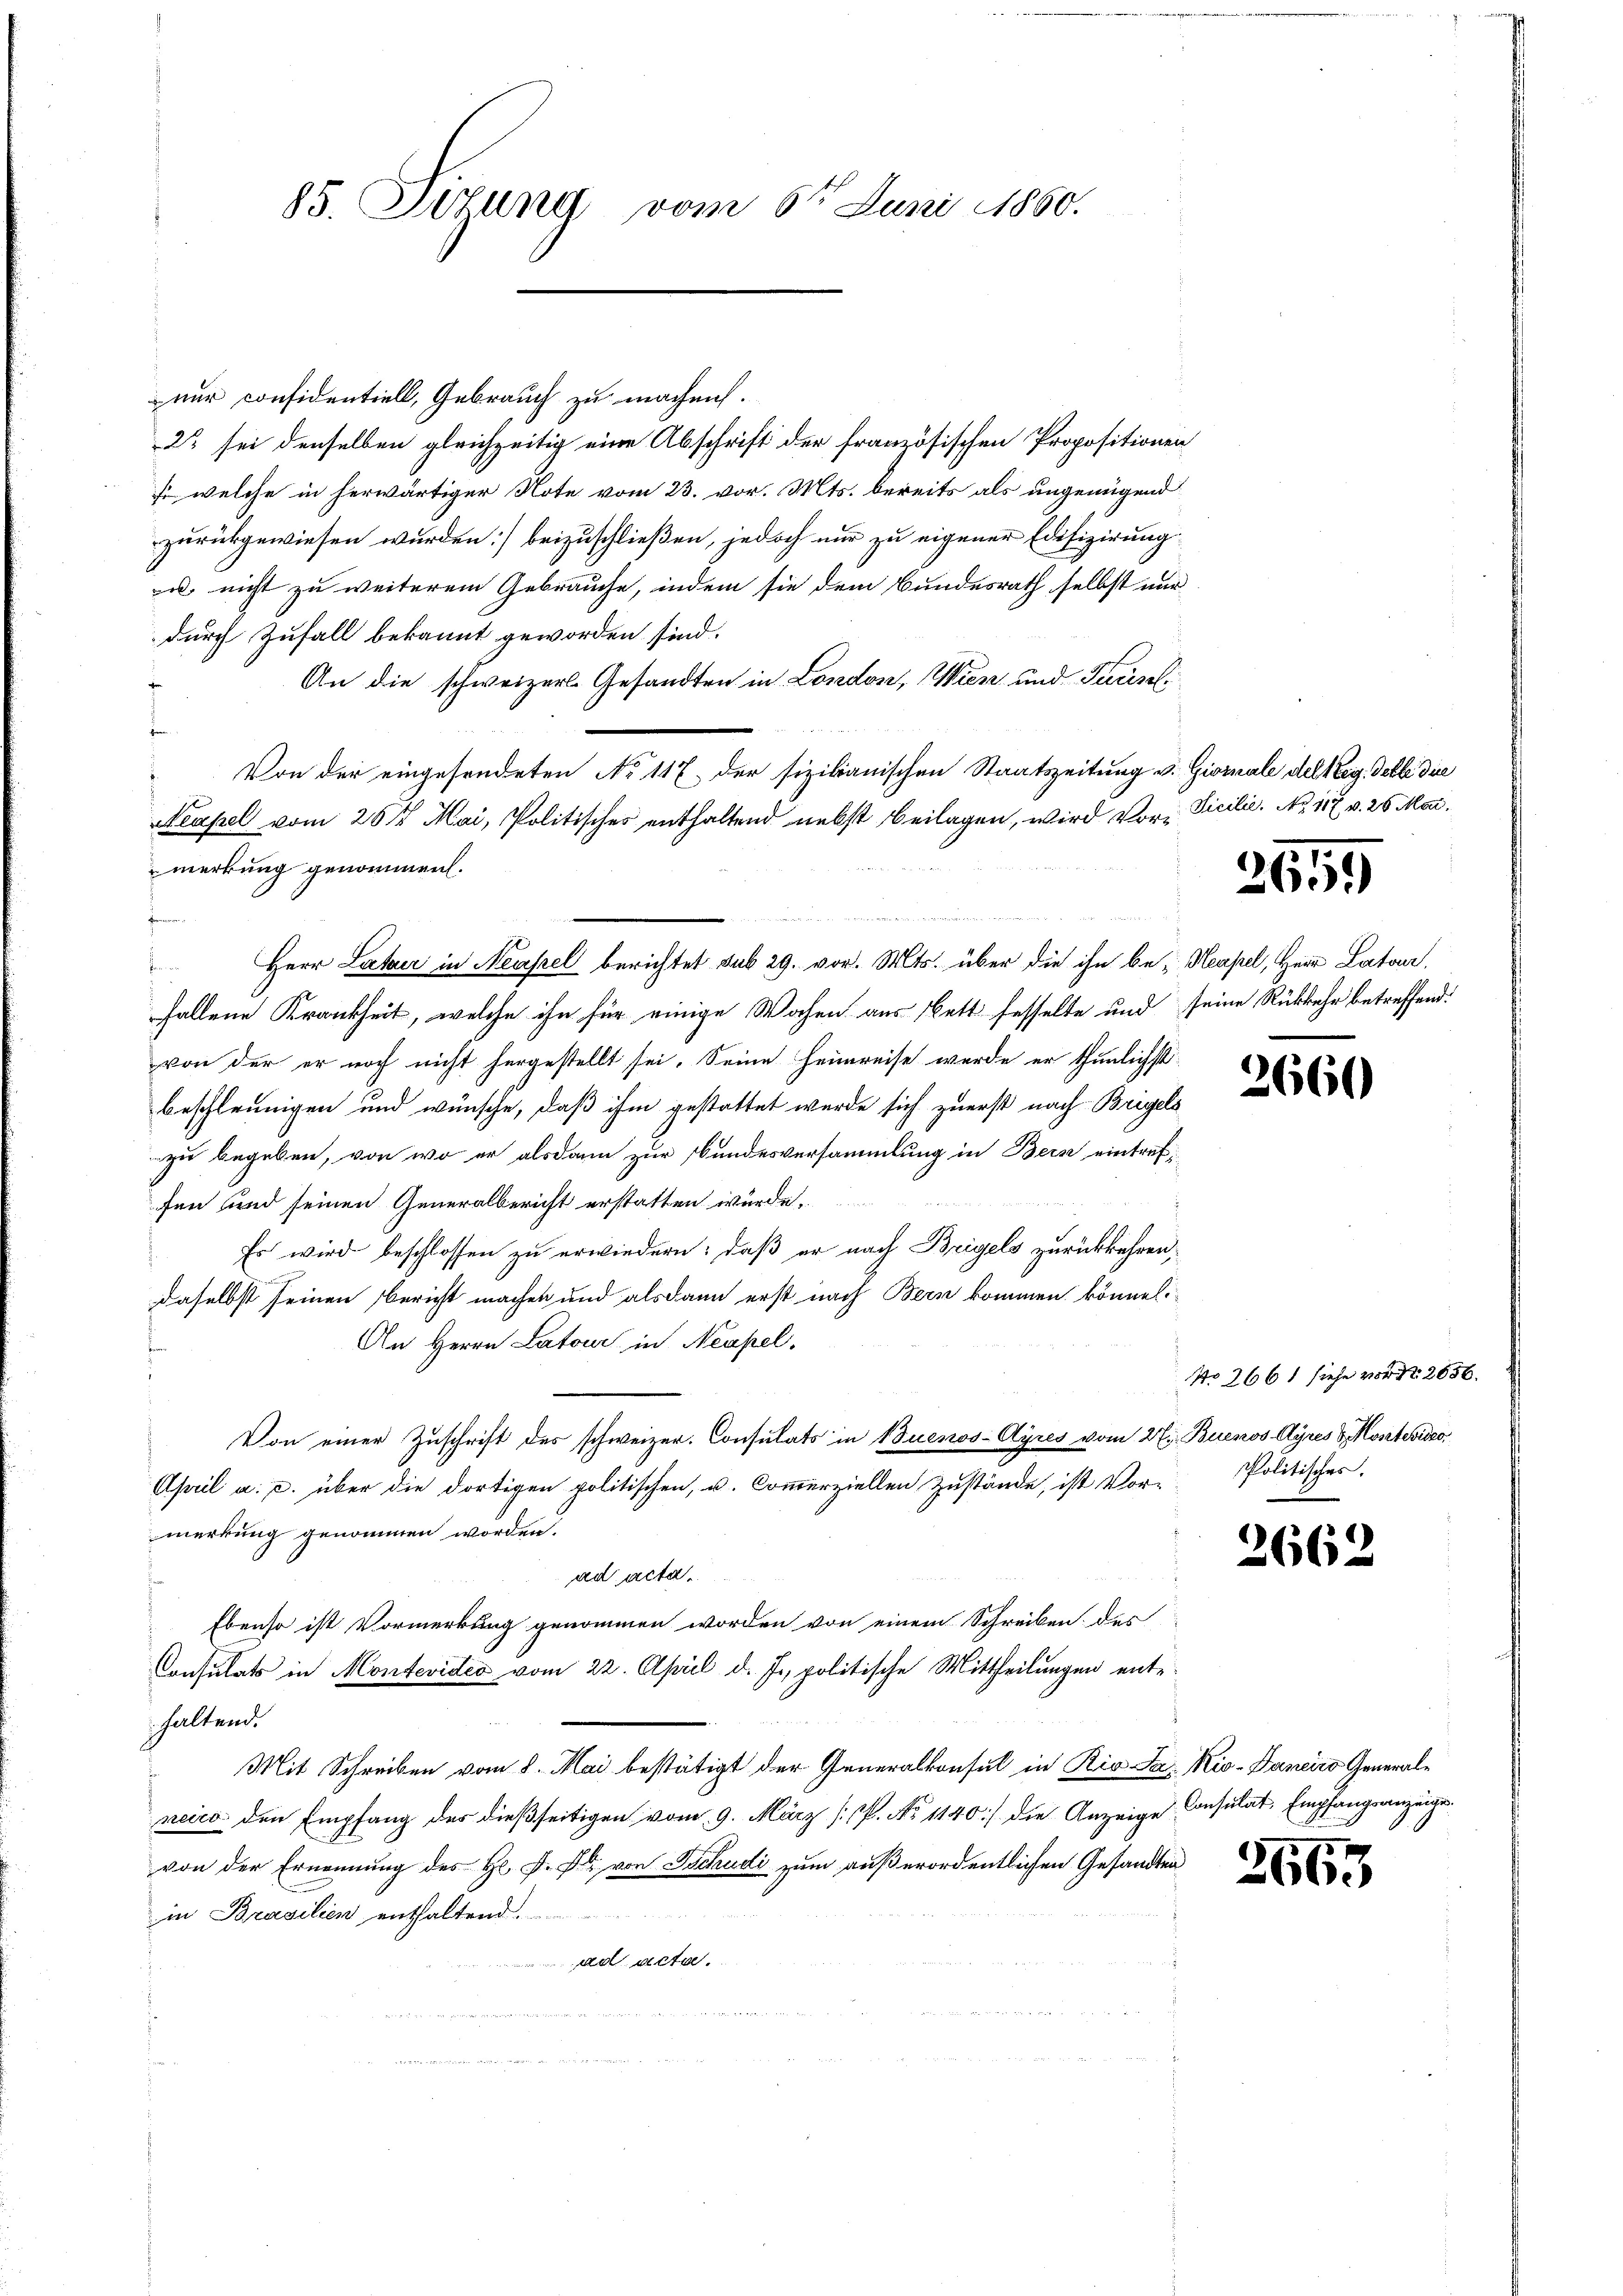
85. Situng vom 6ten Juni 1860.

nur considentiell, Gebrauch zu machen.
22 sei denselben gleichzeitig eine Abschrift der französischen Propositionen
f welche in herwärtiger Note vom 23. vor. Mts. bereits als ungenügend
zurückgewiesen wurden] beizuschließen, jedoch nur zu eigener Edefizirung
u nicht zu weiterem Gebrauche, indem sie dem Bundesrath selbst nur
durch Zufall bekannt geworden sind.
An die schweizerl. Gesandten in London, Wien und Juris
Von der eingesendeten No 117 der sizilianischen Staatszeitung v. Giornale del teg. Delli die
Neapel vom 26t Mai, Politisches enthaltend nebst beilagen, wird vorfallene Krankheit, welche ihn für einige Wochen aus Bett fesselte und seine Rückkehr betreffend:
von der er noch nicht hergestellt sei. Seine Heimreise werde er thunlichst
beschleunigen und wünsche, daß ihm gestattet wurde sich zuerst nach Bregels
zu begeben, von wo er alsdann zur Bundesversammlung in Bern eintreffen und seinen Generalbericht erstatten würde.
Es wird beschlossen zu erwiedern: daß er nach Bregels zurückkehren,
daselbst seinen Bericht machen und alsdann erst nach Bern kommen könneli
An Herrn Latone in Neapel.
Von einer Zŭschrift des schweizer. Consulats in Buenos-Ayres vom 27. Buenos Ayres Montevizo
April a. c. über die dortigen politischen, u. Commerziellen Zustände, ist Vormerkung genommen worden.
ad acta.
Ebenso ist Vormerkung genommen worden von einem Schreiben des
Consulats in Montevideo vom 22. April d. J., politische Mittheilungen ente
haltend.
Mit Schreiben vom 8. Mai bestätigt der Generalkonsul in Rio Sa- Kio- Daneiro Generalneiro den Empfang der dießseitigen vom 9. März (p. No 1140] die Anzeige Consulat, Empfangsanzeige.
von der Ernennung des Hl. P. F. von Schudi zum außerordentlichen Gesandten
in Brasilien enthaltend.
ad acta.
e

merkung genommen.
 Herr Later in Neapel berichtet sub 29. vor. Mts. über die ihn be- Neapel, Herr Latan

Sicilie. No 117. v. 26. Mai.

2659

2660

No 266 1 siehe vor Nr. 2656.
Politisches.

266.

266